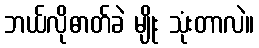
ဘယ်လိုဓာတ်ခဲ မျိုး သုံးတာလဲ။